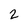
Character: 2